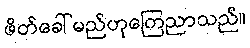
ဖိတ်ခေါ်မည်ဟုကြေညာသည်။